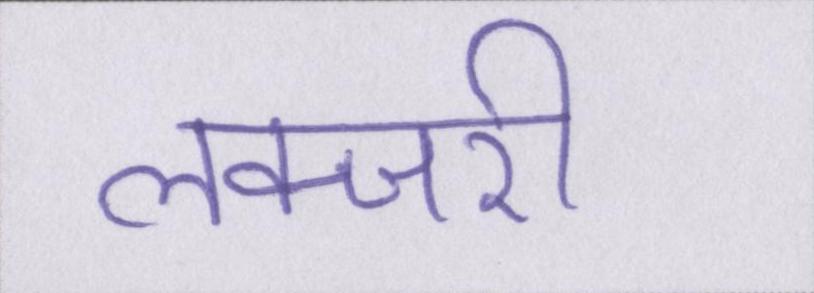
लक्जरी